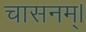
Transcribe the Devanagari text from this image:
चासनम्‌।